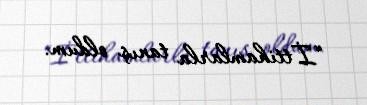
“İttihamlarla tanış oldum.